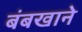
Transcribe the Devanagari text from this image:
बंबखाने